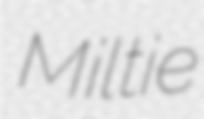
Miltie